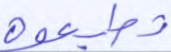
تطيعوه